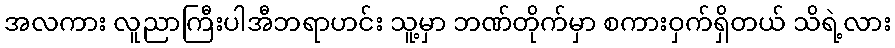
အလကား လူညာကြီးပါအီဘရာဟင်း သူ့မှာ ဘဏ်တိုက်မှာ စကားဝှက်ရှိတယ် သိရဲ့လား